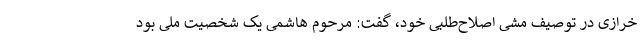
خرازی در توصیف مشی اصلاح‌طلبی خود، گفت: مرحوم هاشمی یک شخصیت ملی بود